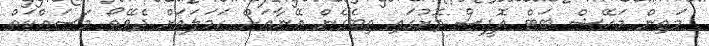
މަތިން މަހޭޝް ބަޓް އޮފީސް ދޮށުގައި ތިބެގެން އޭނާއަށް ހަމަލައަށް ދެވޭތޯ މަސައްކަތް